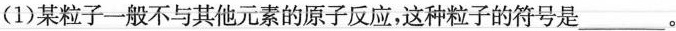
(1)某粒子一般不与其他元素的原子反应，这种粒子的符号是___。